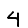
Digit: 4